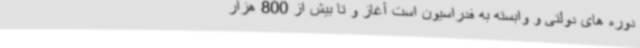
دوره های دولتی و وابسته به فدراسیون است آغاز و تا بیش از 800 هزار